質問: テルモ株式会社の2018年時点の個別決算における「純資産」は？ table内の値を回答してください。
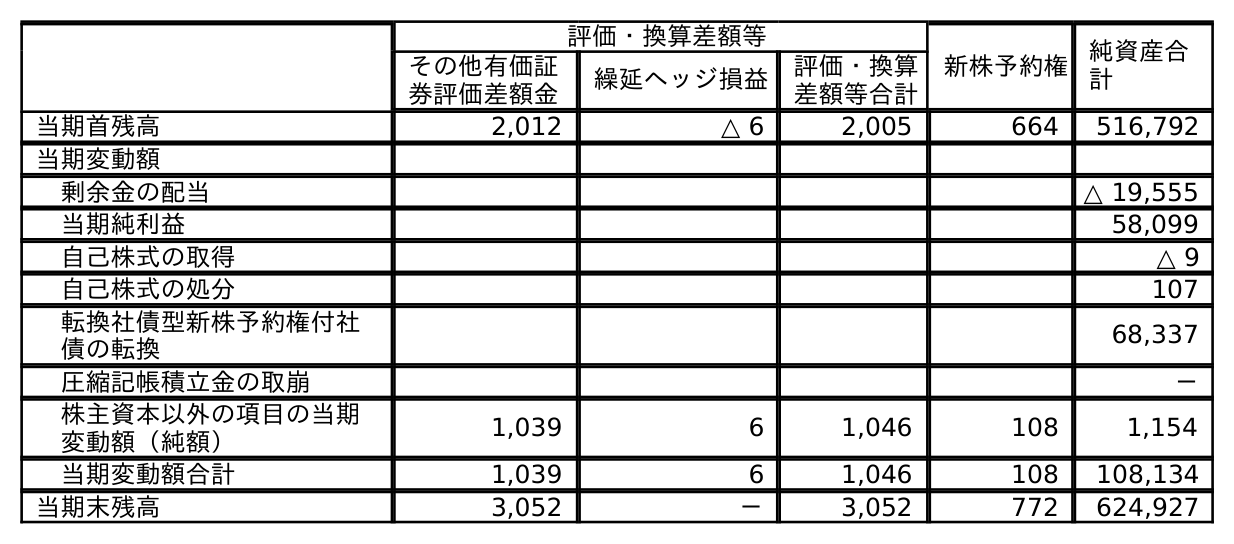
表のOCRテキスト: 評価・換算差額等 新株予約権 純資産合 計 その他有価証 券評価差額金 繰延ヘッジ損益 評価・換算 差額等合計 当期首残高 2,012 △ 6 2,005 664 516,792 当期変動額 剰余金の配当 △ 19,555 当期純利益 58,099 自己株式の取得 △ 9 自己株式の処分 107 転換社債型新株予約権付社 債の転換 68,337 圧縮記帳積立金の取崩 － 株主資本以外の項目の当期 変動額（純額） 1,039 6 1,046 108 1,154 当期変動額合計 1,039 6 1,046 108 108,134 当期末残高 3,052 － 3,052 772 624,927
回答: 516,792